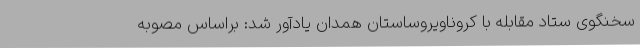
سخنگوی ستاد مقابله با کروناویروساستان همدان یادآور شد: براساس مصوبه